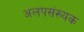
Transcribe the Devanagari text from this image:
अलपसंख्यक